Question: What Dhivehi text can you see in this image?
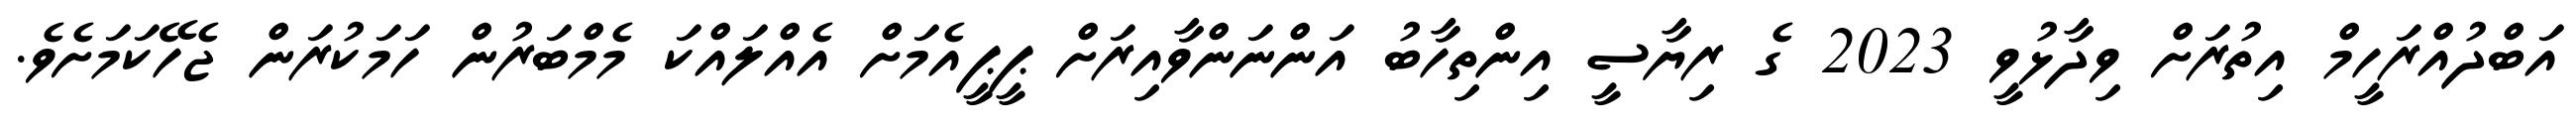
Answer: އަބްދުއްރަހީމް އިތުރަށް ވިދާޅުވީ 2023 ގެ ރިޔާސީ އިންތިހާބު އަންނަންވާއިރަށް ޕީޕީއެމަށް އެއްލައްކަ މެމްބަރުން ހަމަކުރަން ޖެހޭކަމަށެވެ.